Report of an investigation of the epidemic of malarial fever in Assam, or, kala-azar
Disease focus: Malaria
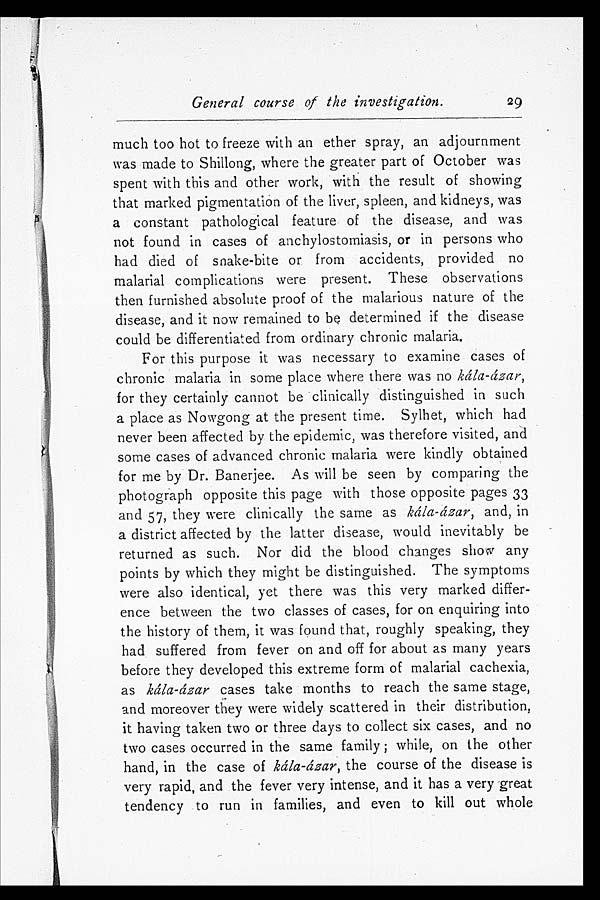
General course of the investigation.
much too hot to freeze with an ether spray, an adjournment
was made to Shillong, where the greater part of October was
spent with this and other work, with the result of showing
that marked pigmentation of the liver, spleen, and kidneys, was
a constant pathological feature of the disease, and was
not found in cases of anchylostomiasis, or in persons who
had died of snake-bite or from accidents, provided no
malarial complications were present. These observations
then furnished absolute proof of the malarious nature of the
disease, and it now remained to be determined if the disease
could be differentiated from ordinary chronic malaria.
For this purpose it was necessary to examine cases of
chronic malaria in some place where there was no kála-ázar,
for they certainly cannot be clinically distinguished in such
a place as Nowgong at the present time. Sylhet, which had
never been affected by the epidemic, was therefore visited, and
some cases of advanced chronic malaria were kindly obtained
for me by Dr. Banerjee. As will be seen by comparing the
photograph opposite this page with those opposite pages 33
and 57, they were clinically the same as kála-ázar, and, in
a district affected by the latter disease, would inevitably be
returned as such. Nor did the blood changes show any
points by which they might be distinguished. The symptoms
were also identical, yet there was this very marked differ-
ence between the two classes of cases, for on enquiring into
the history of them, it was found that, roughly speaking, they
had suffered from fever on and off for about as many years
before they developed this extreme form of malarial cachexia,
as kála-ázar cases take months to reach the same stage,
and moreover they were widely scattered in their distribution,
it having taken two or three days to collect six cases, and no
two cases occurred in the same family ; while, on the other
hand, in the case of kála-ázar, the course of the disease is
very rapid, and the fever very intense, and it has a very great
tendency to run in families, and even to kill out whole
29